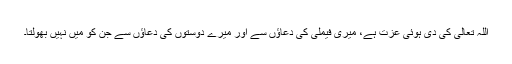
اللہ تعالیٰ کی دی ہوئی عزت ہے، میری فیملی کی دعاؤں سے اور میرے دوستوں کی دعاؤں سے جن کو میں نہیں بھولتا۔